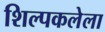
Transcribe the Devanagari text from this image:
शिल्पकलेला